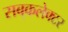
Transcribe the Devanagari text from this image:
सब्‌कलेक्टर